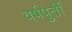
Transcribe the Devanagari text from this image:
वर्षपुर्ती